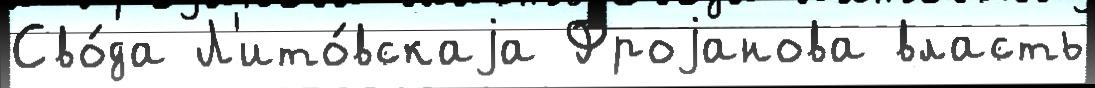
Сво́да Л'ито́вскаjа Фроjанова власть